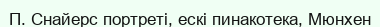
П. Снайерс портреті, ескі пинакотека, Мюнхен